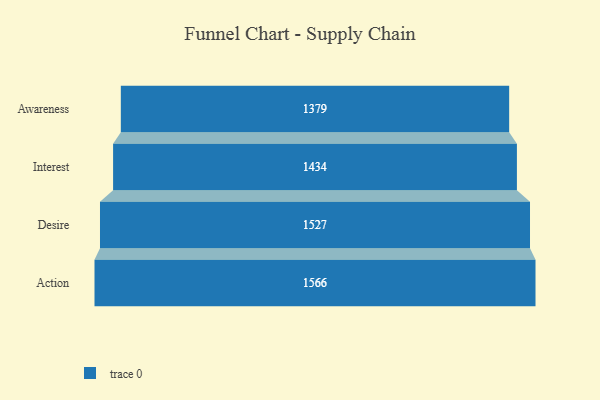
{"axis": {"x": "Stage", "y": "Value"}, "legend": [""], "data": [{"x": "Awareness", "y": 1379.0, "type": ""}, {"x": "Interest", "y": 1434.0, "type": ""}, {"x": "Desire", "y": 1527.0, "type": ""}, {"x": "Action", "y": 1566.0, "type": ""}]}